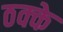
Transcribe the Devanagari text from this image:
ठक्के